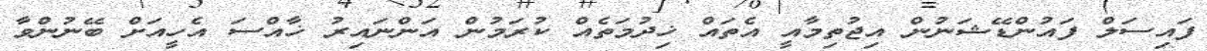
ފައިސަލް ފައުންޑޭޝަނުން އިޖުތިމާއީ އެތައް ޚިދުމަތެއް ކުރަމުން އަންނައިރު ޚާއްސަ އެހީއަށް ބޭނުންވާ